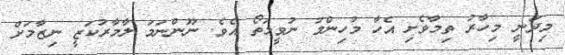
މިދަނީ މިހާރު ތިމާވެށި އެހާ މުހިންމު ނުވީމަތޯ އެވެ. ނޫންނަމަ ލާމާރުކަޒީ ނިޒާމަށް